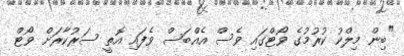
"ބިން މިލްކު ކުރުމުގެ ވޯޓްގައި ވެސް އެއްބަސް ވެފައި އޮތީ ސަރުކާރަށް ވޯޓް